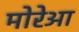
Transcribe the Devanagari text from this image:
मोरेआ